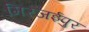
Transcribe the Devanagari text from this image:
मिरजईपुर